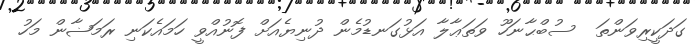
ގަދަކީރިވަންތަ  ސުބްޙާނަހޫ ވަތަޢާލާ އަޅުގަނޑުމެން ދުނިޔެއަށް ފޮނުއްވީ ހަމައެކަނި ރަމަޟާން މަހު